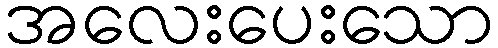
အလေးပေးသော